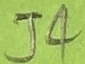
Text: J4